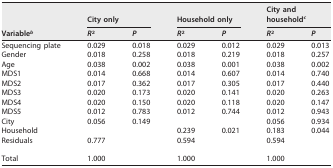
<table><thead><tr><td rowspan="2"><b>Variable<sup>b</sup></b></td><td colspan="2"><b>City only</b></td><td colspan="2"><b>Household only</b></td><td colspan="2"><b>City and household<sup>c</sup></b></td></tr><tr><td><b><i>R</i><sup>2</sup></b></td><td><b><i>P</i></b></td><td><b><i>R</i><sup>2</sup></b></td><td><b><i>P</i></b></td><td><b><i>R</i><sup>2</sup></b></td><td><b><i>P</i></b></td></tr></thead><tbody><tr><td>Sequencing plate</td><td>0.029</td><td>0.018</td><td>0.029</td><td>0.012</td><td>0.029</td><td>0.013</td></tr><tr><td>Gender</td><td>0.018</td><td>0.258</td><td>0.018</td><td>0.219</td><td>0.018</td><td>0.257</td></tr><tr><td>Age</td><td>0.038</td><td>0.002</td><td>0.038</td><td>0.001</td><td>0.038</td><td>0.002</td></tr><tr><td>MDS1</td><td>0.014</td><td>0.668</td><td>0.014</td><td>0.607</td><td>0.014</td><td>0.740</td></tr><tr><td>MDS2</td><td>0.017</td><td>0.362</td><td>0.017</td><td>0.305</td><td>0.017</td><td>0.440</td></tr><tr><td>MDS3</td><td>0.020</td><td>0.173</td><td>0.020</td><td>0.141</td><td>0.020</td><td>0.263</td></tr><tr><td>MDS4</td><td>0.020</td><td>0.150</td><td>0.020</td><td>0.118</td><td>0.020</td><td>0.147</td></tr><tr><td>MDS5</td><td>0.012</td><td>0.783</td><td>0.012</td><td>0.744</td><td>0.012</td><td>0.943</td></tr><tr><td>City</td><td>0.056</td><td>0.149</td><td></td><td></td><td>0.056</td><td>0.934</td></tr><tr><td>Household</td><td></td><td></td><td>0.239</td><td>0.021</td><td>0.183</td><td>0.044</td></tr><tr><td>Residuals</td><td>0.777</td><td></td><td>0.594</td><td></td><td>0.594</td><td></td></tr><tr><td>Total</td><td>1.000</td><td></td><td>1.000</td><td></td><td>1.000</td><td></td></tr></tbody></table>